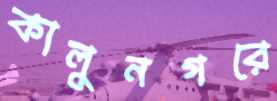
কালুনগরে